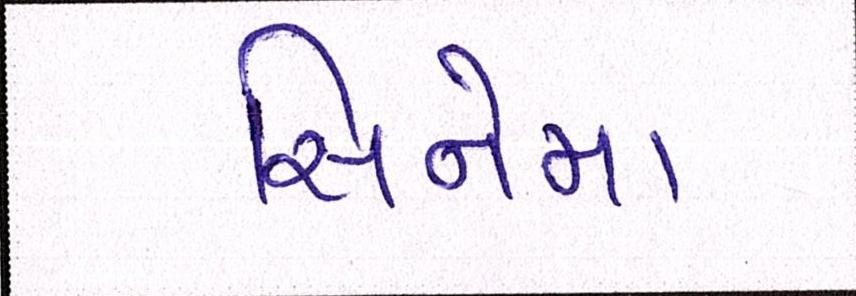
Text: સિનેમા